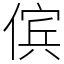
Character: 傧